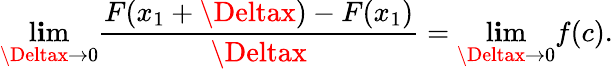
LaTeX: \operatorname*{l\mathbf{i}m}_{\Deltax\to0}{\frac{{F(x_{1}+\Deltax)-F(x_{1})}}{{\Deltax}}}=\operatorname*{l\mathbf{i}m}_{\Deltax\to0}f(c).